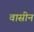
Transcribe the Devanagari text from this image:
वासीन